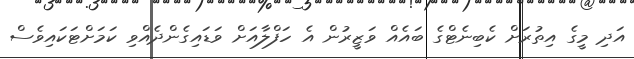
އަދި މީގެ އިތުރަށް ކެބިނެޓްގެ ބައެއް ވަޒީރުން އެ ހަފްލާއަށް ވަޑައިގެންދެއްވި ކަމަށްޓަކައިވެސް